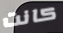
كانت